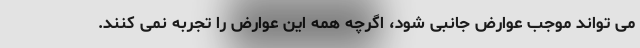
می تواند موجب عوارض جانبی شود، اگرچه همه این عوارض را تجربه نمی کنند.